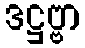
ဒဋ္ဌဗ္ဗာ